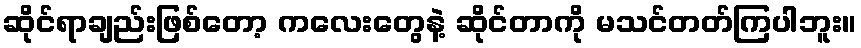
ဆိုင်ရာချည်းဖြစ်တော့ ကလေးတွေနဲ့ ဆိုင်တာကို မသင်တတ်ကြပါဘူး။